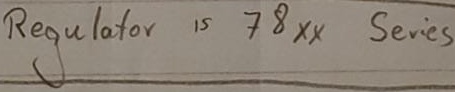
Text: Regulator is 78xx series